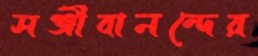
সঞ্জীবানন্দের